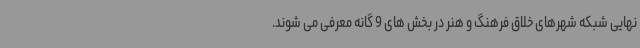
نهایی شبکه شهرهای خلاق فرهنگ و هنر در بخش های 9 گانه معرفی می شوند.